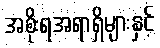
အစိုးရအရာရှိများနှင့်